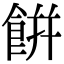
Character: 餠